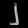
Digit: ၂